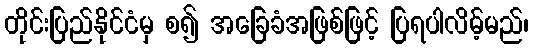
တိုင်းပြည်နိုင်ငံမှ စ၍ အခြေခံအဖြစ်ဖြင့် ပြရပါလိမ့်မည်၊